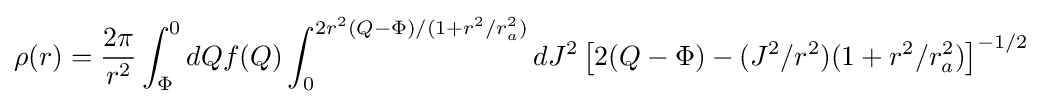
\rho (r)={2\pi  \over r^{2}}\int _{\Phi }^{0}dQf(Q)\int _{0}^{2r^{2}(Q-\Phi )/(1+r^{2}/r_{a}^{2})}dJ^{2}\left[2(Q-\Phi )-(J^{2}/r^{2})(1+r^{2}/r_{a}^{2})\right]^{-1/2}